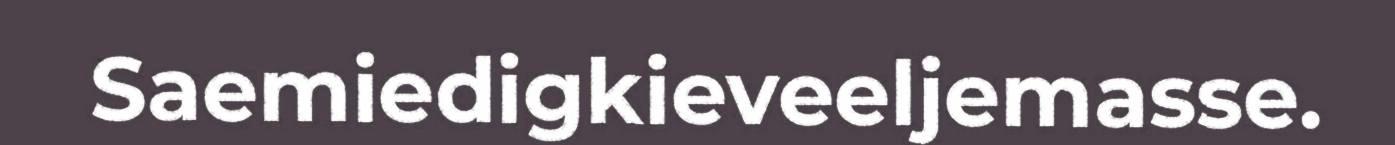
Saemiedigkieveeljemasse.